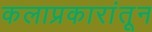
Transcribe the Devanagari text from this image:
कलाप्रकारांतून